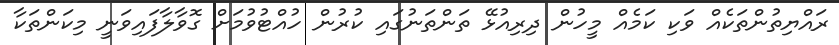
ރައްޔިތުންތަކެއް ވަކި ކަމެއް މީހުން ދިރިއުޅޭ ތަންތަނުގައި ކުރުން ހުއްޓުވުމަށް ގޮވާލާފައިވަނީ މިކަންތަކާ